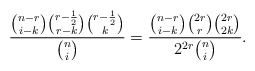
\begin{align*}\frac{\binom{n-r}{i-k}\binom{r-\frac{1}{2}}{r-k}\binom{r-\frac{1}{2}}{k}}{\binom{n}{i}}=\frac{\binom{n-r}{i-k}\binom{2r}{r}\binom{2r}{2k}}{2^{2r}\binom{n}{i}}.\end{align*}